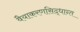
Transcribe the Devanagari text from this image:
वैयाकरणसिद्धान्त